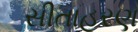
સીતાહરણ